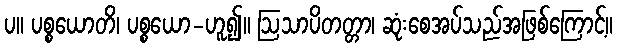
ပ။ ပစ္စယောတိ၊ ပစ္စယော-ဟူ၍။ ဩသာပိတတ္တာ၊ ဆုံးစေအပ်သည်အဖြစ်ကြောင့်။